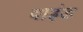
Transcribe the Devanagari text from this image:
वाइंड